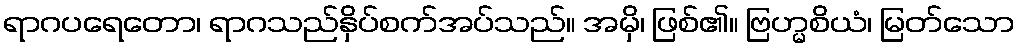
ရာဂပရေတော၊ ရာဂသည်နှိပ်စက်အပ်သည်။ အမှိ၊ ဖြစ်၏။ ဗြဟ္မစိယံ၊ မြတ်သော